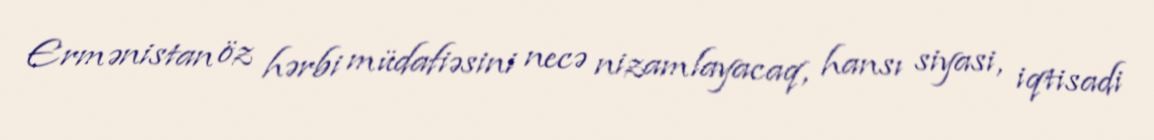
Ermənistan öz hərbi müdafiəsini necə nizamlayacaq, hansı siyasi, iqtisadi